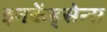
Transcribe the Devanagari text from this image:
इनकेंड्सेन्स